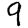
Digit: 9